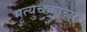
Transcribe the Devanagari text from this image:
मृत्युचक्राच्या